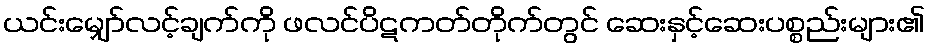
ယင်းမျှော်လင့်ချက်ကို ဖလင်ပိဋကတ်တိုက်တွင် ဆေးနှင့်ဆေးပစ္စည်းများ၏